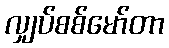
လျှပ်စစ်မော်တာ